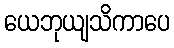
ယေဘုယျသိကာပေ